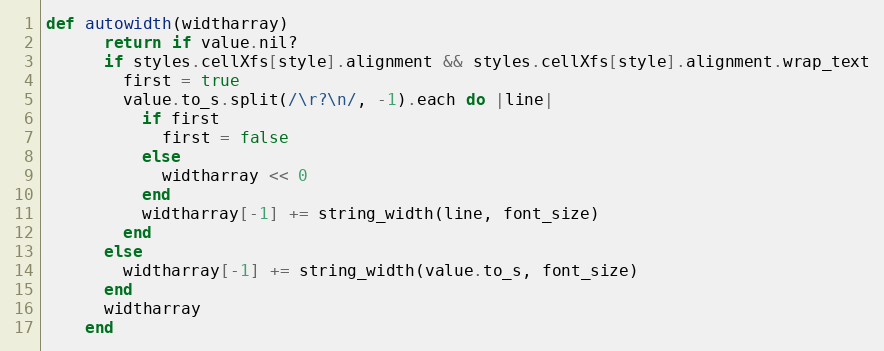
Language: Ruby
def autowidth(widtharray)
      return if value.nil?
      if styles.cellXfs[style].alignment && styles.cellXfs[style].alignment.wrap_text
        first = true
        value.to_s.split(/\r?\n/, -1).each do |line|
          if first
            first = false
          else
            widtharray << 0
          end
          widtharray[-1] += string_width(line, font_size)
        end
      else
        widtharray[-1] += string_width(value.to_s, font_size)
      end
      widtharray
    end